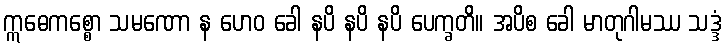
ဣဓေကစ္စော သမဏော န ဟေဝ ခေါ နပိ နပိ နပိ ပေက္ခတိ။ အပိစ ခေါ မာတုဂါမဿ သဒ္ဒံ